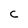
Character: C